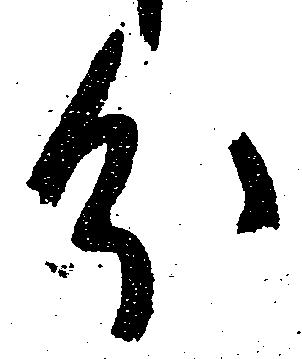
分